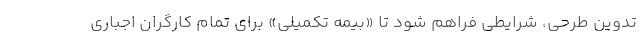
تدوین طرحی، شرایطی فراهم شود تا «بیمه تکمیلی» برای تمام کارگران اجباری